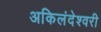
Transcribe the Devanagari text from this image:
अकिलंदेश्वरी